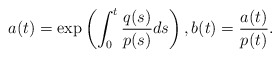
\begin{align*}a(t)=\exp \left(\int_{0}^{t} \frac{q(s)}{p(s)} ds\right), b(t)=\frac{a(t)}{p(t)}.\end{align*}